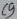
Text: C7